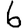
Digit: 6